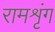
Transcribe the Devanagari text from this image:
रामशृंग